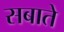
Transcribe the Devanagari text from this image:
सबाते